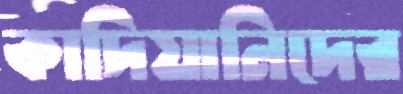
কাদিয়ানিদের